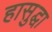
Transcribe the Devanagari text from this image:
हासुद्घा